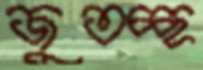
জুতচ্ছ